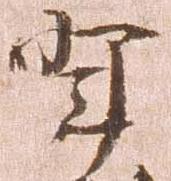
輩